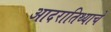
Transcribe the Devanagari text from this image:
आदरातिथ्याचे